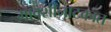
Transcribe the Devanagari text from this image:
मावशीनाटकात